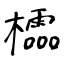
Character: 櫺